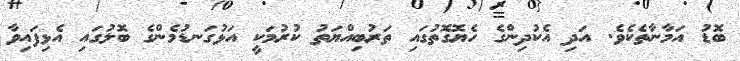
ބޮޑު އަމާނާތެކެވެ. އަދި އެކުދިންގެ ހެޔޮގޮތުގައި ތަރުބިއްޔަތު ކުރުމަކީ އަޅުގަނޑުމެންގެ ބޮލުގައި އެޅިފައިވާ